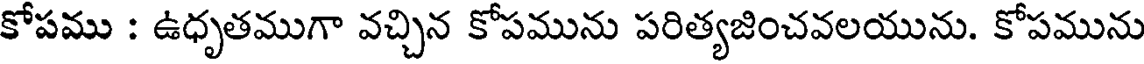
కోపము : ఉధృతముగా వచ్చిన కోపమును పరిత్యజించవలయును. కోపమును